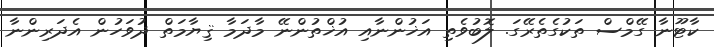
ކާޓޫނާ ގޭމްސް ތަކުގެތެރޭގަ. ލޮބުވެތި އަޚުންނާއި އުޚްތުންނޭ މާދަމާ ޤިޔާމަތް ދުވަހުން އެދަރިންނާ